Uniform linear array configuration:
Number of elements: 12
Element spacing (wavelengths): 1
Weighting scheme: hann
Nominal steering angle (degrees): -60
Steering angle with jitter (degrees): -59.908
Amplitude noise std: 0.05
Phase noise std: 0.05

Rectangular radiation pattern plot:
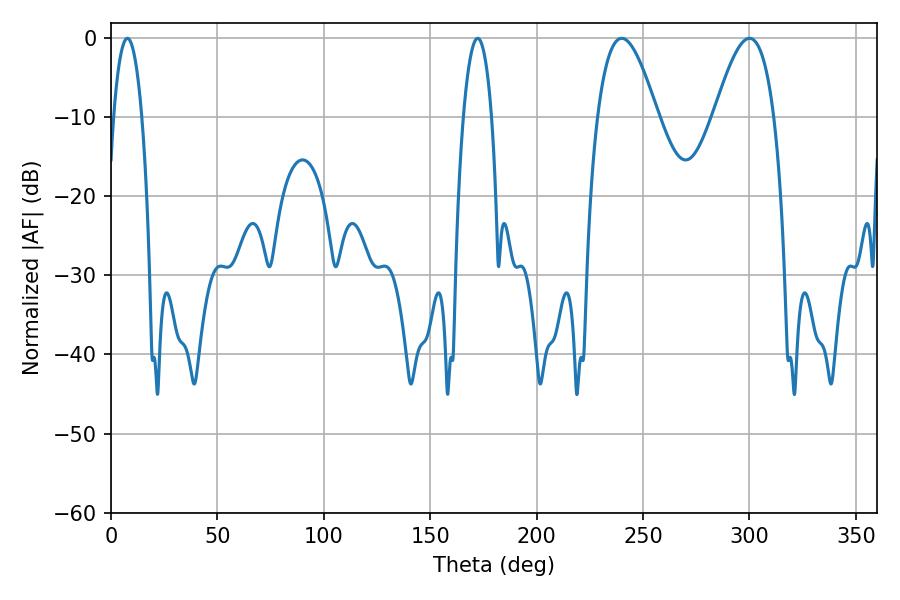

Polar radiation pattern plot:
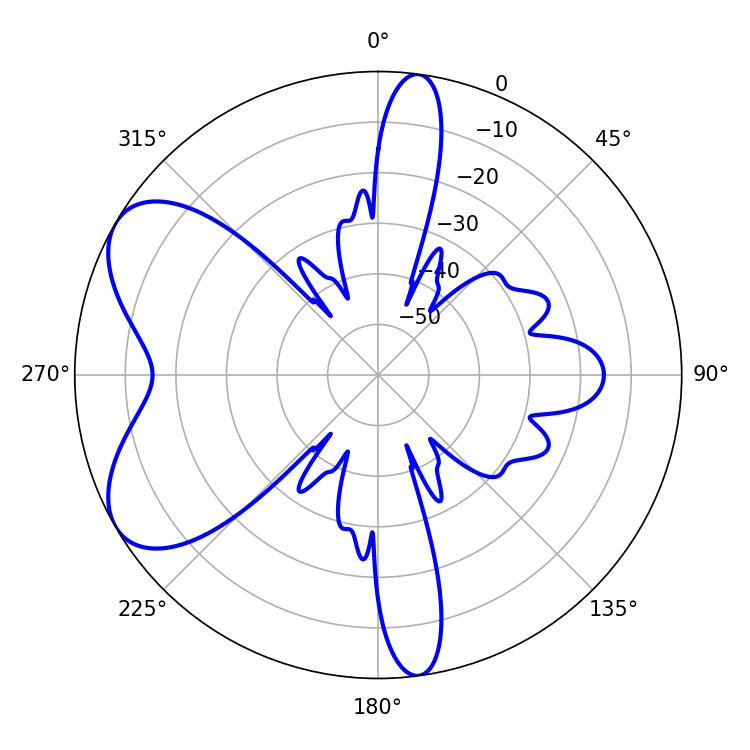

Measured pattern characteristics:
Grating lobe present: TRUE
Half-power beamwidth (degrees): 15.3
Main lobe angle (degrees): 239.94